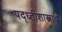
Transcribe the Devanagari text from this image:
पद्ध्तीशास्त्राचं